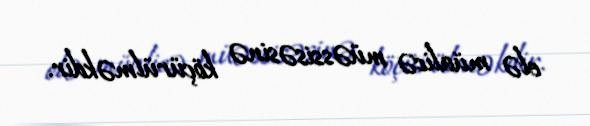
elə müalicə müəssisəsinə köçürülməkdir.